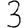
Digit: 3